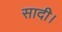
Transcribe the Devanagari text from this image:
सादी।